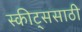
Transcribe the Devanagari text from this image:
स्कीट्ससाठी